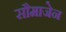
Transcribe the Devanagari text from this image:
सौमाजेन